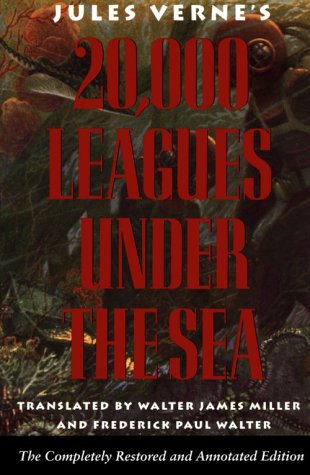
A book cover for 20,000 Leagues Under the Sea; Jules Verne; Science Fiction & Fantasy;